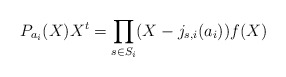
\begin{align*}P_{a_i}(X)X^{t} = \prod_{s\in S_i}(X-j_{s,i}(a_i)) f(X)\end{align*}